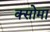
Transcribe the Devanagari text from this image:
क्सोमा